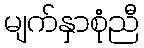
မျက်နှာစုံညီ